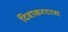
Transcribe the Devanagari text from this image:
दिवाकरदास